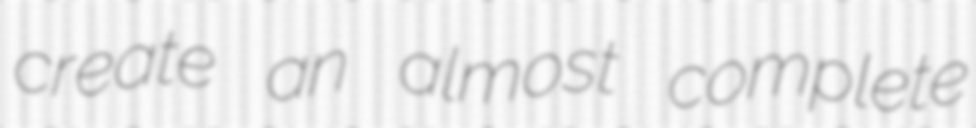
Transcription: create an almost complete